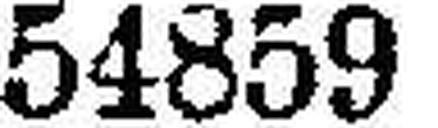
54859